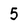
Character: 5